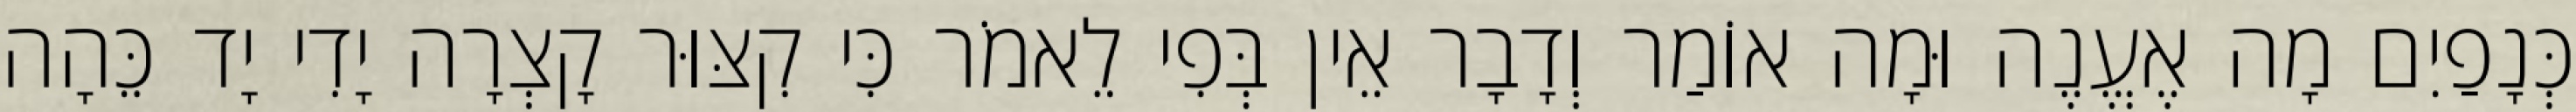
כְּנָפַיִם מָה אֶעֱנֶה וּמָה אוֹמַר וְדָבָר אֵין בְּפִי לֵאמֹר כִּי קִצּוּר קָצְרָה יָדִי יָד כֵּהָה